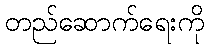
တည်ဆောက်ရေးကို